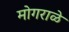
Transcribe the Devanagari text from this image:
मोगराळे